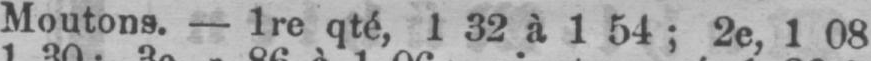
Moutons. - 1re qté, 1 32 à 1 54; 2e, 1 08